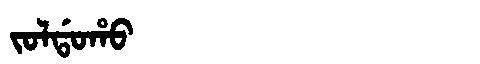
Manchu: ᠵᠣᠯᡩᠣᡥᠣ
Romanization: JOLDOHO